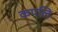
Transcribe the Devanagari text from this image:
कपलि